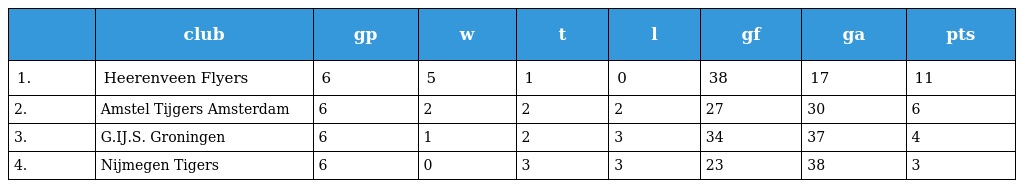
|  | club | gp | w | t | l | gf | ga | pts |
 | --- | --- | --- | --- | --- | --- | --- | --- | --- |
 | 1. | Heerenveen Flyers | 6 | 5 | 1 | 0 | 38 | 17 | 11 |
 | 2. | Amstel Tijgers Amsterdam | 6 | 2 | 2 | 2 | 27 | 30 | 6 |
 | 3. | G.IJ.S. Groningen | 6 | 1 | 2 | 3 | 34 | 37 | 4 |
 | 4. | Nijmegen Tigers | 6 | 0 | 3 | 3 | 23 | 38 | 3 |